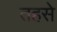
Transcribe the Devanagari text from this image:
तहसे